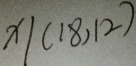
x \vert ( 1 8 , 1 2 )